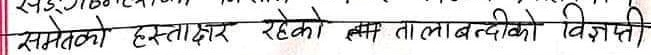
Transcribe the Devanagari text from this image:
समेटेको हस्ताक्षर रहेको र यस तालाबन्दीको विज्ञप्ति